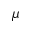
\mu